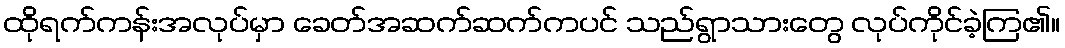
ထိုရက်ကန်းအလုပ်မှာ ခေတ်အဆက်ဆက်ကပင် သည်ရွာသားတွေ လုပ်ကိုင်ခဲ့ကြ၏။